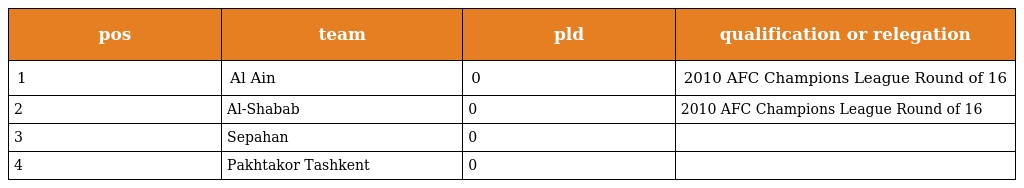
| pos | team | pld | qualification or relegation |
 | --- | --- | --- | --- |
 | 1 | Al Ain | 0 | 2010 AFC Champions League Round of 16 |
 | 2 | Al-Shabab | 0 | 2010 AFC Champions League Round of 16 |
 | 3 | Sepahan | 0 |  |
 | 4 | Pakhtakor Tashkent | 0 |  |